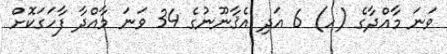
ވަނަ މާއްދާގެ (ހ) 6 އަދި އެޤާނޫނުގެ 34 ވަނަ މާއްދާ ފާހަގަކޮށް